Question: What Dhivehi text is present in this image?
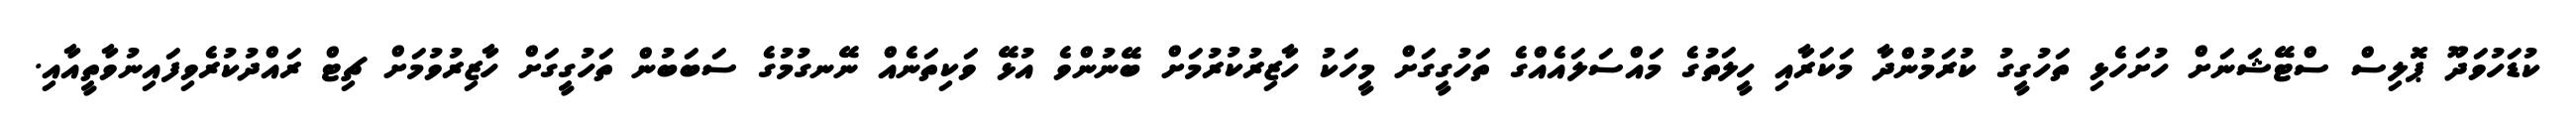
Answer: ކުޑަހުވަދޫ ޕޮލިސް ސްޓޭޝަނަށް ހުށަހެޅި ތަހުގީގު ކުރަމުންދާ މަކަރާއި ހީލަތުގެ މައްސަލައެއްގެ ތަހުގީގަށް މީހަކު ހާޒިރުކުރުމަށް ބޭނުންވެ އުޅޭ ވަކިތަނެއް ނޭނގުމުގެ ސަބަބުން ތަހުގީގަށް ހާޒިރުވުމަށް ޗިޓް ރައްދުކުރެވިފައިނުވާތީއާއި.